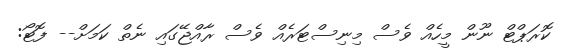
ކޮރަޕްޓް ނޫން މީހެއް ވެސް މިނިސްޓަރެއް ވެސް ރާއްޖޭގައި ނެތް ކަމަށް-- ފޮޓޯ: